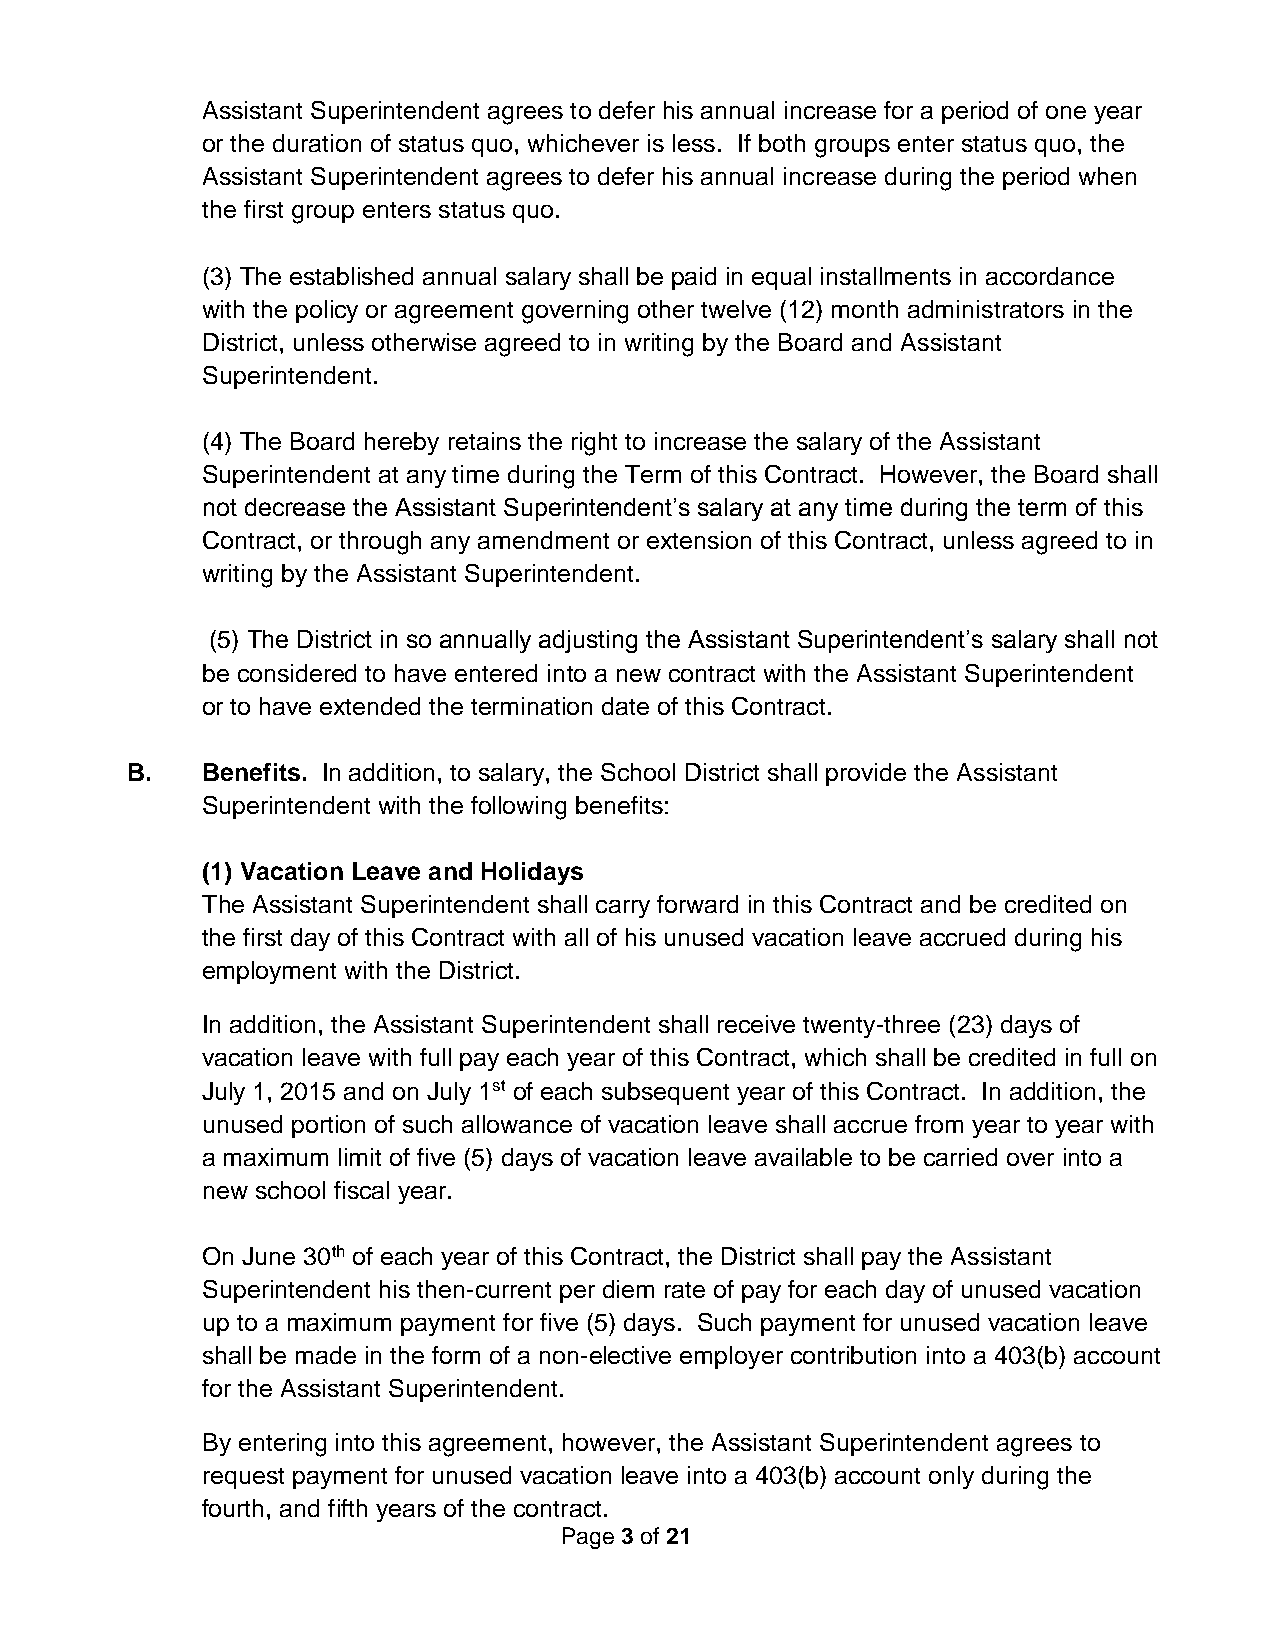
Assistant Superintendent agrees to defer his annual increase for a period of one year
 or the duration of status quo, whichever is less. If both groups enter status quo, the
 Assistant Superintendent agrees to defer his annual increase during the period when
 the first group enters status quo.
 (3) The established annual salary shall be paid in equal installments in accordance
 with the policy or agreement governing other twelve (12) month administrators in the
 District, unless otherwise agreed to in writing by the Board and Assistant
 Superintendent.
 (4) The Board hereby retains the right to increase the salary of the Assistant
 Superintendent at any time during the Term of this Contract. However, the Board shall
 not decrease the Assistant Superintendent’s salary at any time during the term of this
 Contract, or through any amendment or extension of this Contract, unless agreed to in
 writing by the Assistant Superintendent.
 (5) The District in so annually adjusting the Assistant Superintendent’s salary shall not
 be considered to have entered into a new contract with the Assistant Superintendent
 or to have extended the termination date of this Contract.
 B.   Benefits. In addition, to salary, the School District shall provide the Assistant
 Superintendent with the following benefits:
 (1) Vacation Leave and Holidays
 The Assistant Superintendent shall carry forward in this Contract and be credited on
 the first day of this Contract with all of his unused vacation leave accrued during his
 employment with the District.
 In addition, the Assistant Superintendent shall receive twenty-three (23) days of
 vacation leave with full pay each year of this Contract, which shall be credited in full on
 July 1, 2015 and on July 1st of each subsequent year of this Contract. In addition, the
 unused portion of such allowance of vacation leave shall accrue from year to year with
 a maximum limit of five (5) days of vacation leave available to be carried over into a
 new school fiscal year.
 On June 30th of each year of this Contract, the District shall pay the Assistant
 Superintendent his then-current per diem rate of pay for each day of unused vacation
 up to a maximum payment for five (5) days. Such payment for unused vacation leave
 shall be made in the form of a non-elective employer contribution into a 403(b) account
 for the Assistant Superintendent.
 By entering into this agreement, however, the Assistant Superintendent agrees to
 request payment for unused vacation leave into a 403(b) account only during the
 fourth, and fifth years of the contract.
 Page 3 of 21